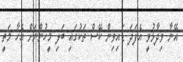
އޭނާ ވިދާޅުވީ އެފަދަ ޑައިވިން ކޭސް ތަކުގައި ބަލި މީހުންނަށް އެހާ މަތީ